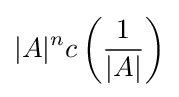
|A|^{n}c\left({\frac {1}{|A|}}\right)